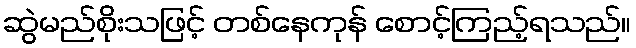
ဆွဲမည်စိုးသဖြင့် တစ်နေကုန် စောင့်ကြည့်ရသည်။